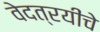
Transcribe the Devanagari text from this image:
वेदत्रयींचे